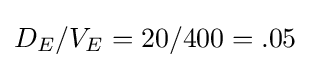
D_{E}/V_{E}=20/400=.05